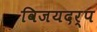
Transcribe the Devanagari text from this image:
विजयदर्प